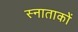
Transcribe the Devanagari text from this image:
स्नाताकों